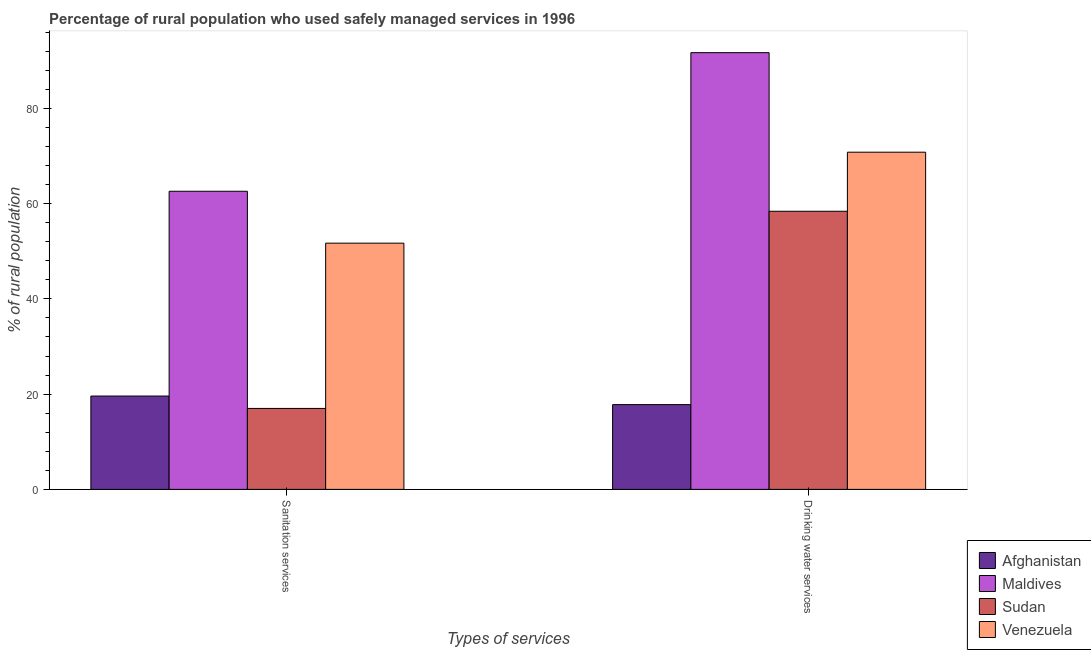
| Types of services | Afghanistan | Maldives | Sudan | Venezuela |
 | --- | --- | --- | --- | --- |
 | Sanitation services | 19.6 | 62.6 | 17 | 51.7 |
 | Drinking water services | 17.8 | 91.7 | 58.4 | 70.8 |